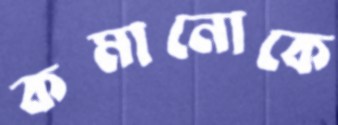
কমানোকে